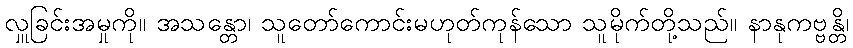
လှူခြင်းအမှုကို။ အသန္တော၊ သူတော်ကောင်းမဟုတ်ကုန်သော သူမိုက်တို့သည်။ နာနုကဗ္ဗန္တိ၊